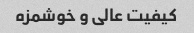
کیفیت عالی و خوشمزه